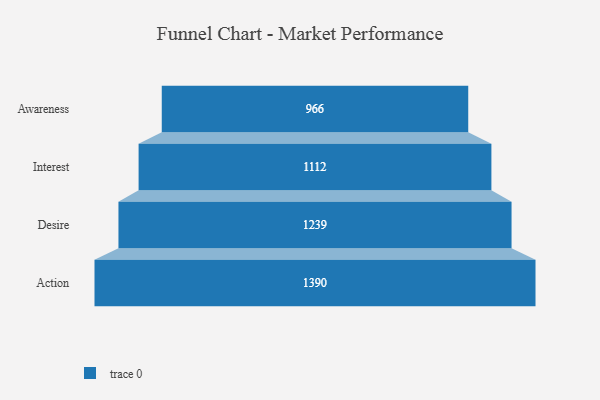
{"axis": {"x": "Stage", "y": "Value"}, "legend": [""], "data": [{"x": "Awareness", "y": 966.0, "type": ""}, {"x": "Interest", "y": 1112.0, "type": ""}, {"x": "Desire", "y": 1239.0, "type": ""}, {"x": "Action", "y": 1390.0, "type": ""}]}